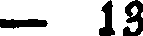
— 13